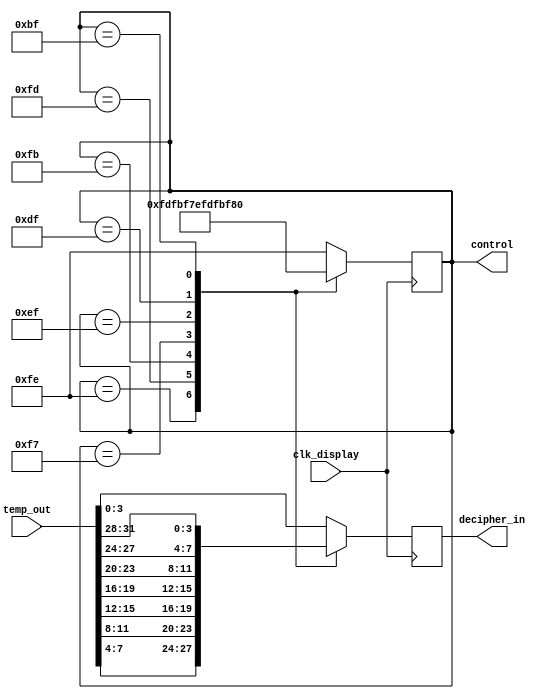
`timescale 1ns / 1ps
//////////////////////////////////////////////////////////////////////////////////
// Company: 
// Engineer: 
// 
// Design Name: 
// Module Name: scan
// Project Name: 
// Target Devices: 
// Tool Versions: 
// Description: 
// 
// Dependencies: 
// 
// Revision:
// Revision 0.01 - File Created
// Additional Comments:
// 
//////////////////////////////////////////////////////////////////////////////////


module scan(
    input clk_display,
    input [31:0] temp_out,
    output reg [7:0] control,
    output reg [3:0] decipher_in
);
always@(posedge clk_display) 
    begin    
        case(control)
        8'b11111110:
        begin    
            decipher_in<=temp_out[7:4];
            control<=8'b11111101;
        end
        8'b11111101:
        begin
            decipher_in<=temp_out[11:8];
            control<=8'b11111011;
        end
        8'b11111011:
        begin
            decipher_in<=temp_out[15:12];
            control<=8'b11110111;
        end
        8'b11110111:
        begin
            decipher_in<=temp_out[19:16];
            control<=8'b11101111;
        end
        8'b11101111:
        begin
            decipher_in<=temp_out[23:20];
            control<=8'b11011111;
        end
        8'b11011111:
        begin
            decipher_in<=temp_out[27:24];
            control<=8'b10111111;
        end
        8'b10111111:
        begin
            decipher_in<=temp_out[31:28];
            control<=8'b01111111;
        end
        default:
        begin
            decipher_in<=temp_out[3:0];
            control<=8'b11111110;
        end
        endcase
    end    
endmodule